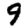
Digit: 9